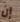
إن